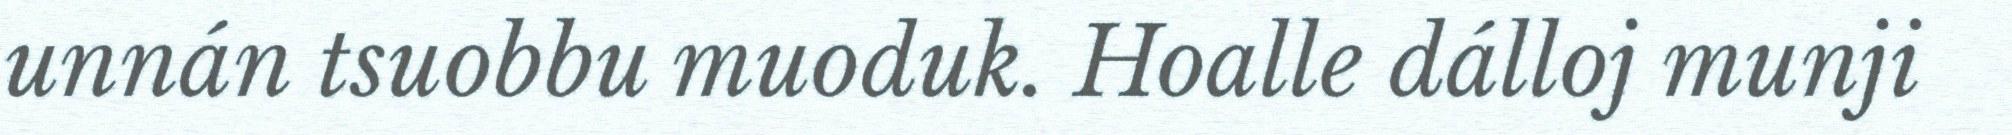
unnán tsuobbu muoduk. Hoalle dálloj munji